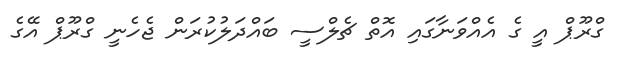
ގްރޫޕް އީ ގެ އެއްވަނާގައި އޮތް ޗެލްސީ ބައްދަލުކުރަން ޖެހެނީ ގްރޫޕް އޭގެ